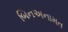
બિનઅનામત